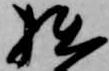
拙